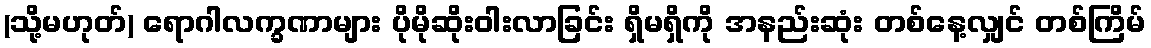
(သို့မဟုတ်) ရောဂါလက္ခဏာများ ပိုမိုဆိုးဝါးလာခြင်း ရှိမရှိကို အနည်းဆုံး တစ်နေ့လျှင် တစ်ကြိမ်